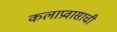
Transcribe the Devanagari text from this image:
कलाप्रवासाची